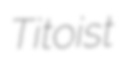
Titoist